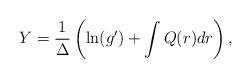
LaTeX: \begin{align*}Y = \frac{1}{\Delta}\left( \ln (g') + \int Q(r)dr \right),\end{align*}